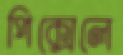
পিক্সেলে